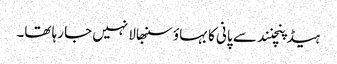
ہیڈ پنچنند سے پانی کا بہاؤ سنبھالا نہیں جا رہا تھا۔